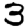
Digit: 3